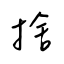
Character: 捨